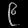
Digit: ၉